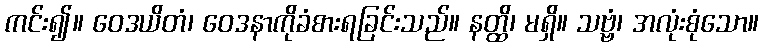
ကင်း၍။ ဝေဒယိတံ၊ ဝေဒနာကိုခံစားရခြင်းသည်။ နတ္ထိ၊ မရှိ။ သဗ္ဗံ၊ အလုံးစုံသော။